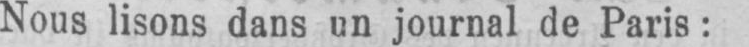
Nous lisons dans un journal de Paris: